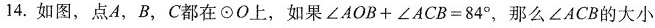
14.如图，点A、B，C都在\odotO上，如果$$∠ A O B + ∠ A C B = 8 4 °$$，那么∠ACB的大小